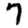
Digit: 7